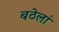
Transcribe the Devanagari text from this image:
बठेलां